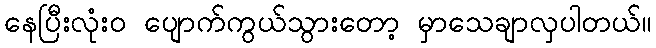
နေပြီးလုံးဝ ပျောက်ကွယ်သွားတော့ မှာသေချာလှပါတယ်။